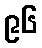
၉၆